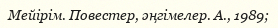
Мейірім. Повестер, әңгімелер. А., 1989;